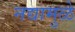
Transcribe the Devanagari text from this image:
नद्यामुळे